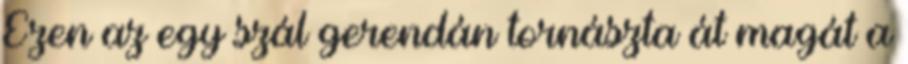
Ezen az egy szál gerendán tornászta át magát a